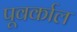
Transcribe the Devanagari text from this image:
पूवर्काल